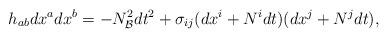
LaTeX: \begin{align*}h_{ab}dx^adx^b=-N_{\cal B}^2dt^2 +\sigma_{ij}(dx^i +N^idt)(dx^j +N^jdt),\end{align*}